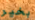
بخير